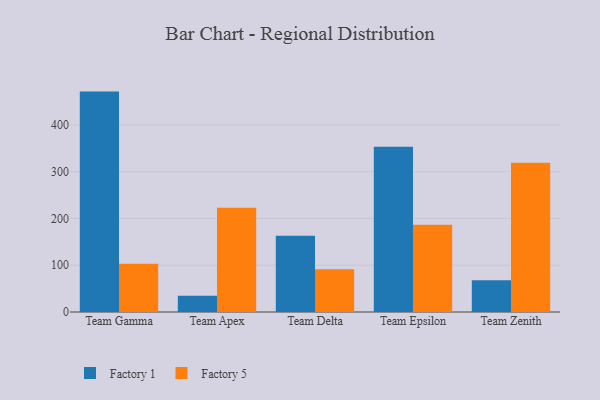
{"axis": {"x": "Team", "y": "Latency (ms)"}, "legend": ["Factory 1", "Factory 5"], "data": [{"x": "Team Gamma", "y": 471.2, "type": "Factory 1"}, {"x": "Team Gamma", "y": 103.3, "type": "Factory 5"}, {"x": "Team Apex", "y": 34.9, "type": "Factory 1"}, {"x": "Team Apex", "y": 222.7, "type": "Factory 5"}, {"x": "Team Delta", "y": 162.8, "type": "Factory 1"}, {"x": "Team Delta", "y": 91.6, "type": "Factory 5"}, {"x": "Team Epsilon", "y": 353.4, "type": "Factory 1"}, {"x": "Team Epsilon", "y": 186.6, "type": "Factory 5"}, {"x": "Team Zenith", "y": 67.9, "type": "Factory 1"}, {"x": "Team Zenith", "y": 318.9, "type": "Factory 5"}]}